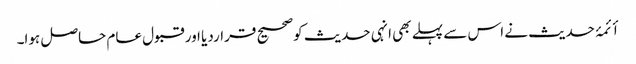
أئمۂ حدیث نے اس سے پہلے بھی انہی حدیث کوصحیح قراردیا اور قبول عام حاصل ہوا۔